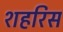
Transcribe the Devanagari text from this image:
शहरिस